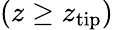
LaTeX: (z\geq z_{\mathrm{tip}})